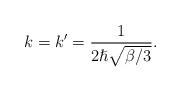
LaTeX: \begin{align*}k=k'=\frac{1}{2\hslash \sqrt{\beta /3}}.\end{align*}